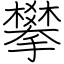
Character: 攀